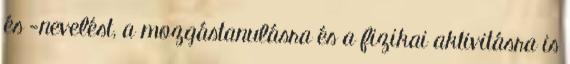
és -nevelést, a mozgástanulásra és a fizikai aktivitásra is